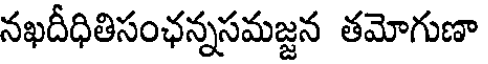
నఖదీధితిసంఛన్నసమజ్జన తమోగుణా